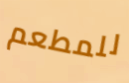
للمطعم